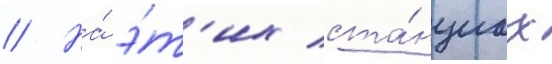
// На́ э́т'их ста́нциах